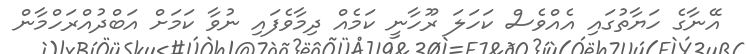
އޭނާގެ ހަޔާތުގައި އެއްވެސް ކަހަލަ ރޫހާނީ ކަމެއް ދިމާވެފައި ނުވާ ކަމަށް އަބްދުއްރަހްމާން